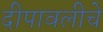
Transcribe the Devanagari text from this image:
दीपावलीचे